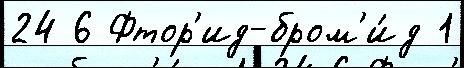
24 6 Фтор'ид-бром'и́д 1